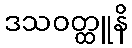
ဒသဝတ္ထူနိ